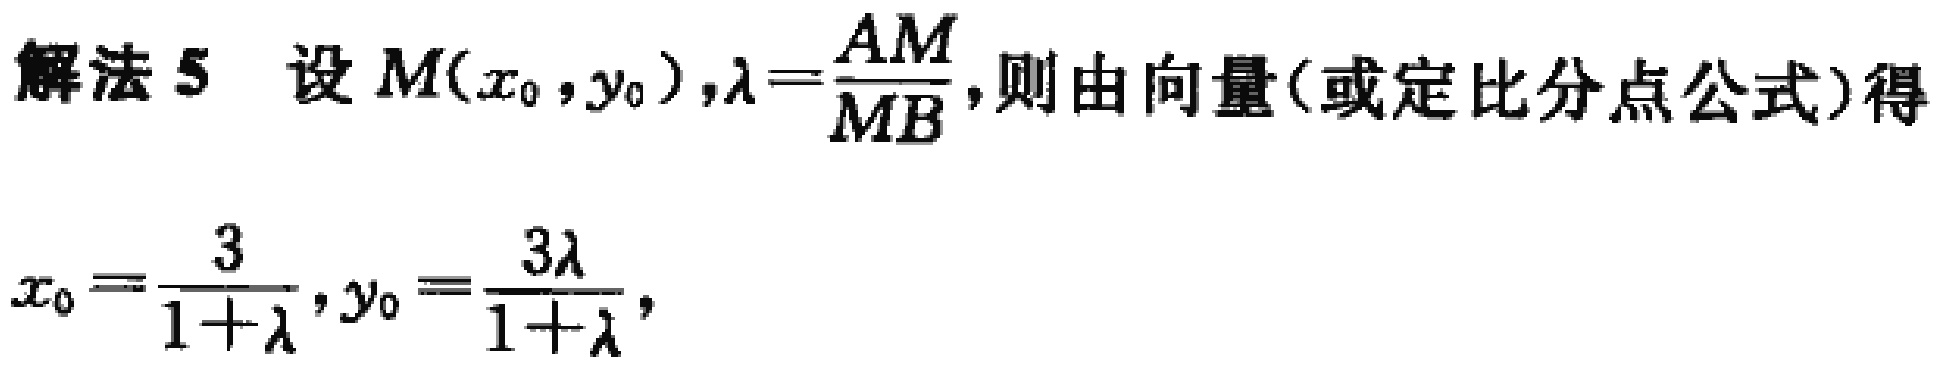
解法 5 设 \(M(x_0,y_0)\)，\(\lambda = \frac{AM}{MB}\)，则由向量（或定比分点公式）得

\[

x_0 = \frac{3}{1 + \lambda},y_0 = \frac{3\lambda}{1 + \lambda},

\]